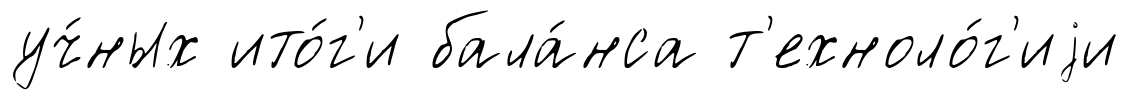
уч́ных ито́г'и бала́нса т'ехноло́г'иjи